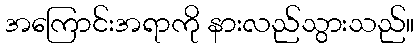
အကြောင်းအရာကို နားလည်သွားသည်။